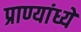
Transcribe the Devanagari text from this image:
प्राण्यांध्ये